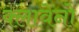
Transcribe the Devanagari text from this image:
क्लावेनो